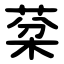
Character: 棻